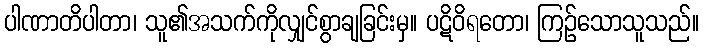
ပါဏာတိပါတာ၊ သူ၏အသက်ကိုလျှင်စွာချခြင်းမှ။ ပဋိဝိရတော၊ ကြဉ်သောသူသည်။